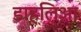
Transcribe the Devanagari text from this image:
डाहलिआ